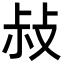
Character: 敊